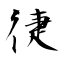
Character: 徢